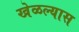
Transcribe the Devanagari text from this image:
खेळल्यास